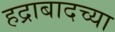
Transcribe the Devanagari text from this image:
हद्राबादच्या